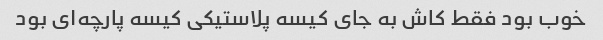
خوب بود فقط کاش به جای کیسه پلاستیکی کیسه پارچه‌ای بود